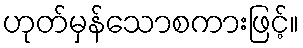
ဟုတ်မှန်သောစကားဖြင့်။